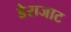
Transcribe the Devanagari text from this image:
डेराजाट